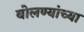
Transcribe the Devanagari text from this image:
बोलण्यांच्या